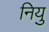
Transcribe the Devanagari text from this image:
नियु